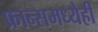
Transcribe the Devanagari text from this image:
फ्रान्समध्येही